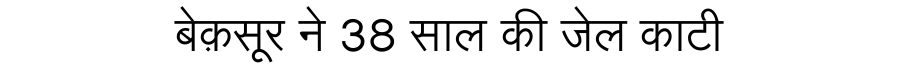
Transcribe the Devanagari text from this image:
बेक़सूर ने 38 साल की जेल काटी